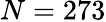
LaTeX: N=273